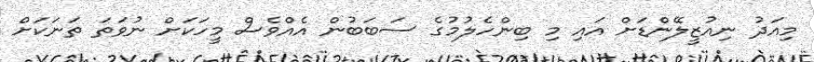
މިއަދު ނިއުޒީލޭންޑަށް އައި މި ބިންހެލުމުގެ ސަބަބުން އެއްވެސް މީހަކަށް ނުވަތަ ތަނަކަށް